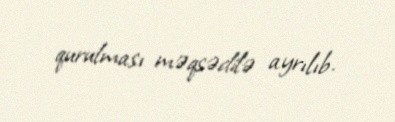
qurulması məqsədilə ayrılıb.